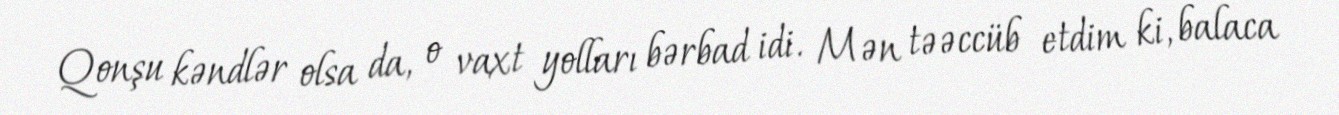
Qonşu kəndlər olsa da, o vaxt yolları bərbad idi. Mən təəccüb etdim ki, balaca